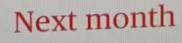
Next month